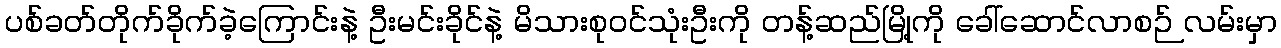
ပစ်ခတ်တိုက်ခိုက်ခဲ့ကြောင်းနဲ့ ဦးမင်းခိုင်နဲ့ မိသားစုဝင်သုံးဦးကို တန့်ဆည်မြို့ကို ခေါ်ဆောင်လာစဉ် လမ်းမှာ